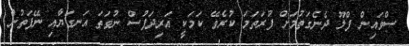
ސްވައިން ފްލޫ ދެނެގަތުމަށް ފުރަތަމަ ކުރެވޭ ކަމަކީ އަރިދަފުސް ނުވަތަ އަނގަޔާއި ނޭފަތުން